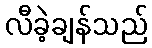
လီခဲ့ချန်သည်